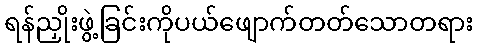
ရန်ညှိုးဖွဲ့ခြင်းကိုပယ်ဖျောက်တတ်သောတရား